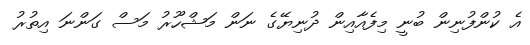
އެ ކުންފުނިން ބުނީ މިފެއާއިން ދުނިޔޭގެ ނަން މަޝްހޫރު މަސް ގަންނަ އިތުރު